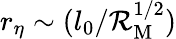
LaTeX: r_{\eta}\sim(l_{0}/\mathcal{R}_{\mathrm{{M}}}^{1/2})